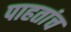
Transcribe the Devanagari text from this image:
पाहतांच